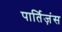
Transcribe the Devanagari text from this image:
पार्तिज़ंस